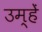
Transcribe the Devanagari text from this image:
उम्हें